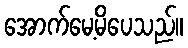
အောက်မေ့မိပေသည်။